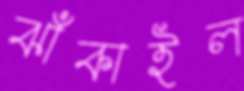
ঝাঁকাইল